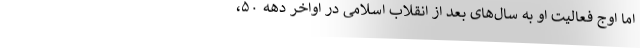
اما اوج فعالیت او به سال‌های بعد از انقلاب اسلامی در اواخر دهه ۵۰،